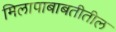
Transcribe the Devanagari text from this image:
मिलापाबाबतीतील